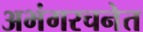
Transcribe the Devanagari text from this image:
अभंगरचनेत